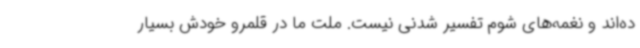
ده‌اند و نغمه‌های شوم تفسیر شدنی نیست. ملت ما در قلمرو خودش بسیار